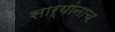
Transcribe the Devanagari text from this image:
साऱ्यांनाच